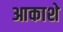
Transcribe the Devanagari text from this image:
आकाशे